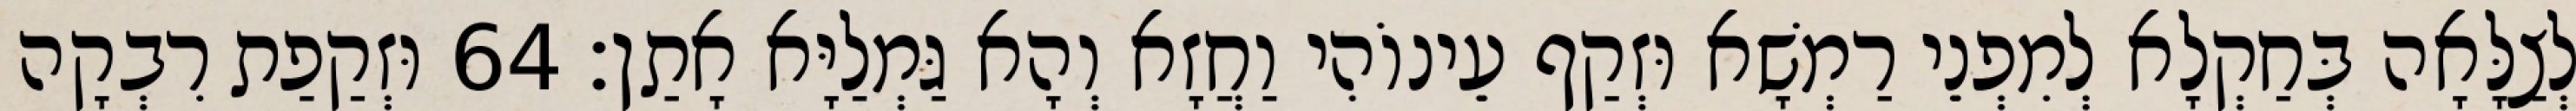
לְצַלָּאָה בְּחַקְלָא לְמִפְנֵי רַמְשָׁא וּזְקַף עֵינוֹהִי וַחֲזָא וְהָא גַּמְלַיָּא אָתַן׃ 64 וּזְקַפַת רִבְקָה